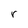
Character: r